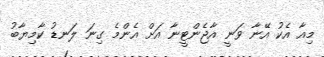
މިއާ އެކު އޭނާ ވަނީ އާޖެންޓީނާ އަށް އެންމެ ގިނަ ލަނޑު ކާމިޔާބު